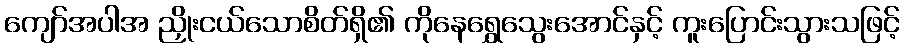
ကျော်အပါအ ညှိုးငယ်သောစိတ်ရှိ၏ ကိုနေရွှေသွေးအောင်နှင့် ကူးပြောင်းသွားသဖြင့်